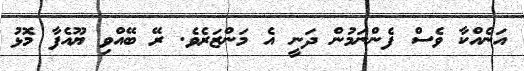
އަނެއްކާ ވެސް ފެންނަމުން ދަނީ އެ މަންޒަރެވެ. ރޭ ބޭއްވި ޔޫއެފާ މޮޅު